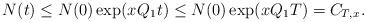
LaTeX: \begin{align*}{N}(t) \leq {N}(0) \exp(x_{} Q_1 t) \leq {N}(0) \exp(x_{} Q_1 T) = C_{T,x_{}}.\end{align*}